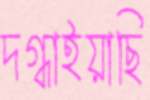
দগ্ধাইয়াছি